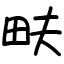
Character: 畉